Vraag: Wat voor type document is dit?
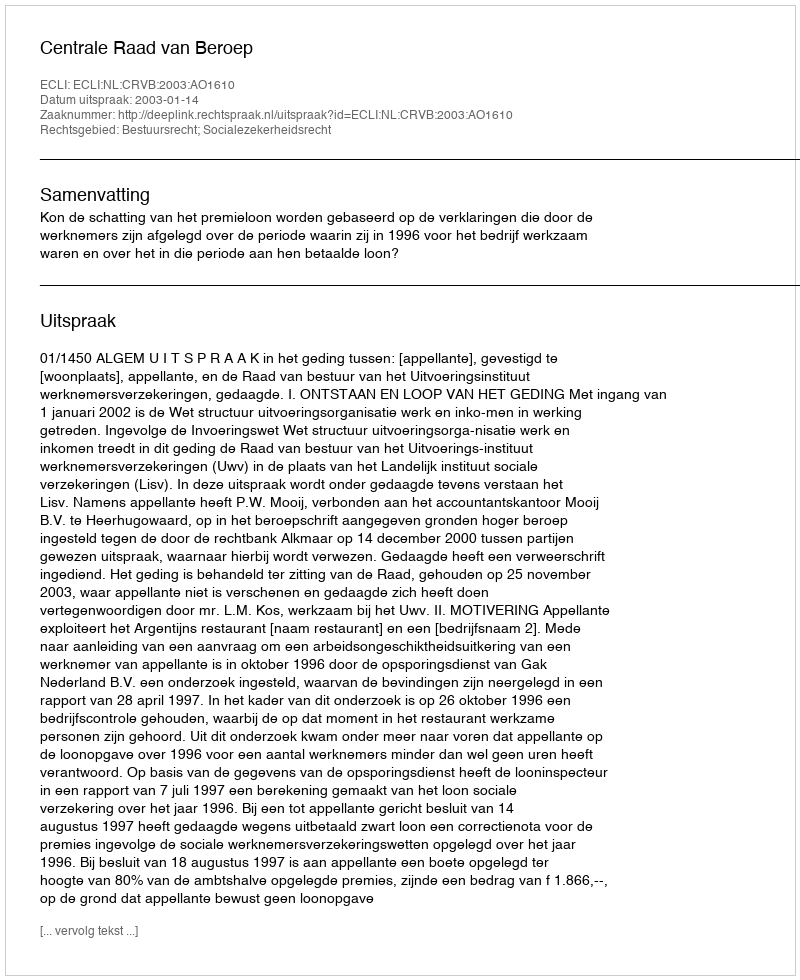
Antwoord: Uitspraak